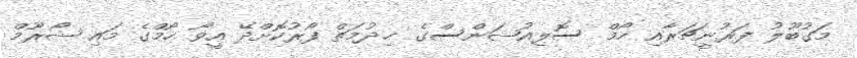
މަގުބޫލު ފަރުނީޗަރާއި ހޯމް ސޮލިއުޝަންސްގެ ޚިދުމަތް ފޯރުކޮށްދޭ އީވޯ ހޯމްގެ މައި ޝޯރޫމް